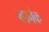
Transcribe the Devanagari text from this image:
व्हानेक